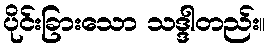
ပိုင်းခြားသော သဒ္ဒါတည်း။